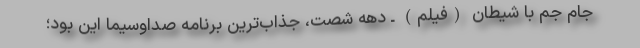
جام جم با شیطان (فیلم) ـ دهه شصت، جذاب‌ترین برنامه‌ صداوسیما این بود؛‌